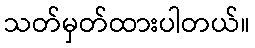
သတ်မှတ်ထားပါတယ်။